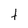
Character: t